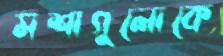
মশাগুলোকে